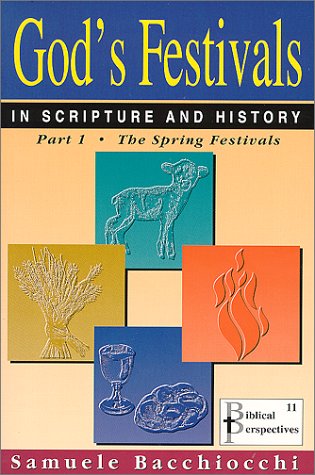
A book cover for God's Festivals in Scripture and History: Part 1: The Spring Festivals; Samuele Bacchiocchi; Religion & Spirituality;